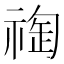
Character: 𥚬